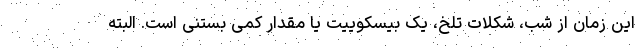
این زمان از شب، شکلات تلخ، یک بیسکوییت یا مقدار کمی بستنی است. البته